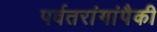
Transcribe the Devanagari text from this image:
पर्वतरांगांपैकी